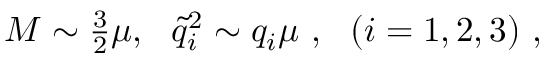
M \sim \textstyle { \frac { 3 } { 2 } } \mu , \ \ { \tilde { q } } _ { i } ^ { 2 } \sim q _ { i } \mu \ , \ \ ( i = 1 , 2 , 3 ) \ ,